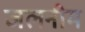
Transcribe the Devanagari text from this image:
जलनीम